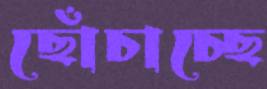
ছোঁচাচ্ছে